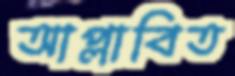
আপ্লাবিত